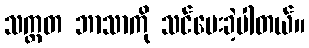
သက္တတ ဘာသာကို သင်ပေးခဲ့ပါတယ်။